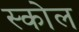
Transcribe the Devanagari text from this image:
स्कोल